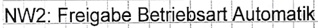
Text: NW2: Freigabe Betriebsart Automatik